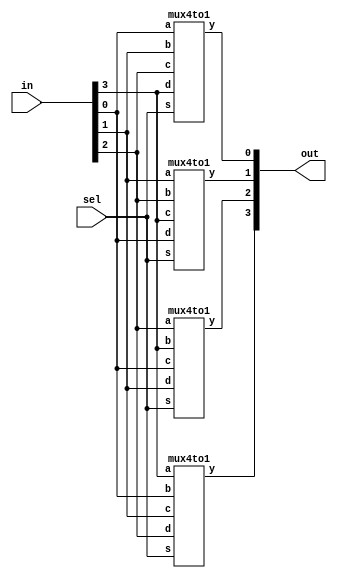
`timescale 1ns / 1ps
module Barrel_shift_reg(
    input [1:0] sel,
    input [3:0] in,
    output [3:0] out
    );
    mux4to1 mux1(.s(sel),.y(out[3]),.a(in[3]),.b(in[0]),.c(in[1]),.d(in[2]));
    mux4to1 mux2(.s(sel),.y(out[2]),.a(in[2]),.b(in[3]),.c(in[0]),.d(in[1]));
    mux4to1 mux3(.s(sel),.y(out[1]),.a(in[1]),.b(in[2]),.c(in[3]),.d(in[0]));
    mux4to1 mux4(.s(sel),.y(out[0]),.a(in[0]),.b(in[1]),.c(in[2]),.d(in[3]));
endmodule 
module mux4to1(a,b,c,d,s,y);
input a,b,c,d;
input [1:0]s;
output reg y; 
always@(*) 
begin 
case(s) 
2'b00:y=a;
2'b01:y=b;
2'b10:y=c;
2'b11:y=d;
endcase
end
endmodule